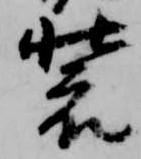
装